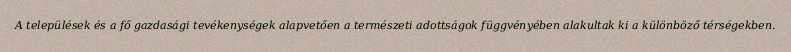
A települések és a fő gazdasági tevékenységek alapvetően a természeti adottságok függvényében alakultak ki a különböző térségekben.